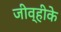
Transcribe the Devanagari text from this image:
जीव्हीके